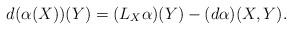
LaTeX: \begin{align*}d(\alpha(X))(Y)=(L_X\alpha)(Y)-(d\alpha)(X,Y).\end{align*}